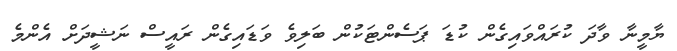
ޔާމީނާ ވާދަ ކުރައްވައިގެން ކުޑަ ޕަސެންޓަކުން ބަލިވެ ވަޑައިގެން ރައީސް ނަޝީދަށް އެންމެ